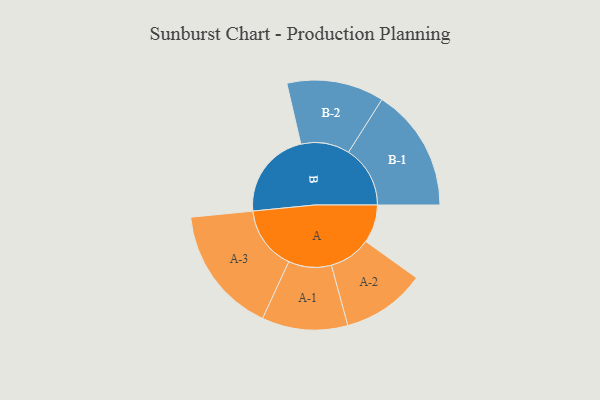
{"axis": {"x": "Segment", "y": "Value"}, "legend": ["", "A", "B"], "data": [{"x": "A", "y": 146, "type": ""}, {"x": "B", "y": 338, "type": ""}, {"x": "A-1", "y": 164, "type": "A"}, {"x": "A-2", "y": 160, "type": "A"}, {"x": "A-3", "y": 244, "type": "A"}, {"x": "B-1", "y": 236, "type": "B"}, {"x": "B-2", "y": 186, "type": "B"}]}